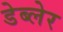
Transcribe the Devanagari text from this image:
डेब्लेर